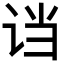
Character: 𬣭